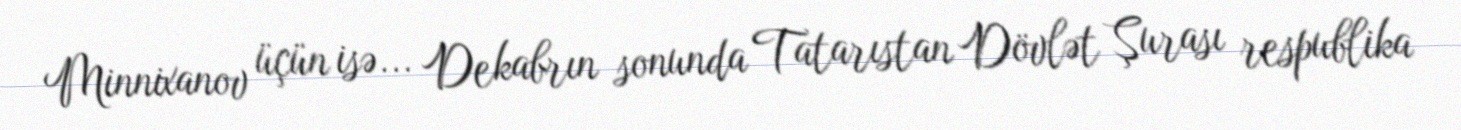
Minnixanov üçün isə... Dekabrın sonunda Tatarıstan Dövlət Şurası respublika